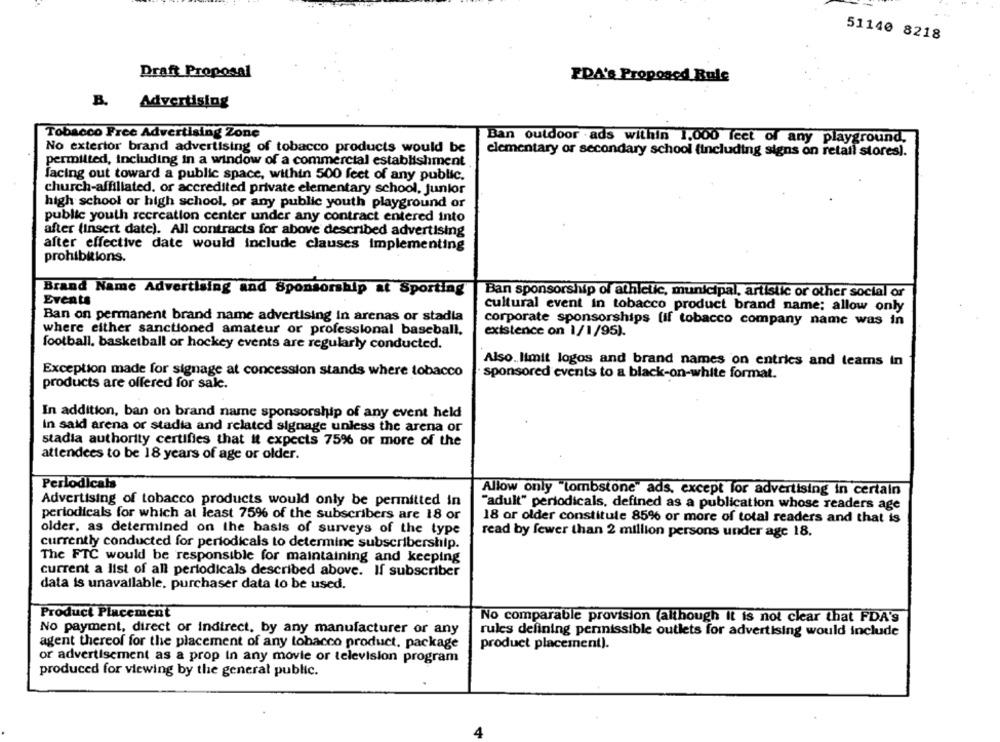
51140 8218
Draft Proposal
PDA's Proposed Rule
B.
Advertising
Tobacco Free Advertising Zone
Ban outdoor .ads within 1,000 feet of any playground.
No exterior brand advertising of tobacco products would be
elementary or secondary school (including signs on retail stores).
permitted, including in a window of a commercial establishment
facing out toward a public space, within 500 feet of any public.
church-affiliated. or accredited private elementary school, junior
high school or high school, or any public youth playground or
public youth recreation center under any contract entered into
after (insert date). All contracts for above described advertising
after effective date would include clauses implementing
prohibitions.
Brand Name Advertising and Sponsorship at Sporting
Ban sponsorship of athletic, municipal, artistic or other social or
Events
cultural event in tobacco product brand name: allow only
Ban on permanent brand name advertising in arenas or stadia
corporate sponsorships (if tobacco company name was in
where either sanctioned amateur or professional baseball.
existence on 1/1/95).
football, basketball or hockey events are regularly conducted.
Also. limit logos and brand names on entries and teams in
Exception made for signage at concession stands where tobacco
sponsored events to a black-on-white format.
products are offered for sale.
In addition, ban on brand name sponsorship of any event held
In said arena or stadia and related signage unless the arena or
stadia authority certifies that it expects 75% or more of the
attendees to be 18 years of age or older.
Periodicals
Allow only "tombstone" ads, except for advertising in certain
Advertising of tobacco products would only be permitted in
"adult" periodicals, defined as a publication whose readers age
periodicals for which at least 75% of the subscribers are 18 or
18 or older constitule 85% or more of total readers and that is
older, as determined on the basis of surveys of the type
read by fewer than 2 million persons under age 18.
currently conducted for periodicals to determine subscribership.
The FTC would be responsible for maintaining and keeping
current a list of all periodicals described above. If subscriber
data is unavailable, purchaser data to be used.
Product Placement
No comparable provision (although it is not clear that FDA's
No payment, direct or indirect, by any manufacturer or any
rules defining permissible outlets for advertising would include
agent thereof for the placement of any tobacco product, package
product placement).
or advertisement as a prop in any movie or television program
produced for viewing by the general public.
4